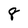
Character: 8